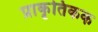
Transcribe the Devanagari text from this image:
प्राकृतिकक